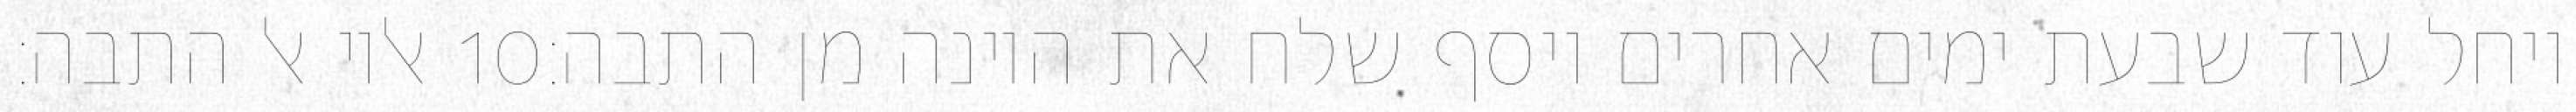
אליו אל התבה׃ ‎10‏ ויחל עוד שבעת ימים אחרים ויסף שלח את היונה מן התבה׃